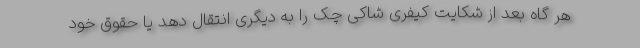
هر گاه بعد از شکایت کیفری شاکی چک را به دیگری انتقال دهد یا حقوق خود